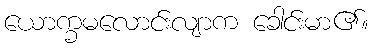
ယောက္ခမလောင်းလျာက ခေါင်းမာ၏။